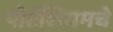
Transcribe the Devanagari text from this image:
पोटॅशियमचे